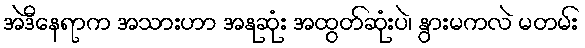
အဲဒီနေရာက အသားဟာ အနုဆုံး အထွတ်ဆုံးပဲ၊ နွားမကလဲ မတမ်း